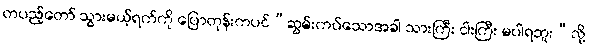
တပည့်တော် သွားမယ့်ရက်ကို ပြောတုန်းကပင်“ဆွမ်းကပ်သောအခါ သားကြီး ငါးကြီး မပါရဘူး”လို့